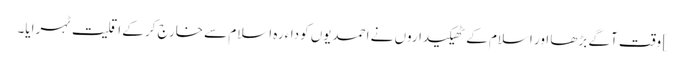
] وقت آگے بڑھا اور اسلام کے ٹھیکیداروں نے احمدیوں کوداءرہ اسلام سے خارج کر کے اقلیت ٹہرایا۔